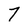
Character: 7